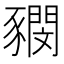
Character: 𧲃